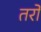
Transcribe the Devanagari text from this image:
तरो